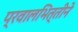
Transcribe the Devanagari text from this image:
प्रवालभित्तीने